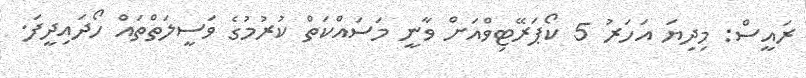
ރައީސް: މިދިޔަ އަހަރު 5 ކޯޕަރޭޓިވްއަށް ވާނީ މަސައްކަތް ކުރުމުގެ ވަސީލަތްތައް ހޯދައިދީފަ.